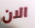
الان